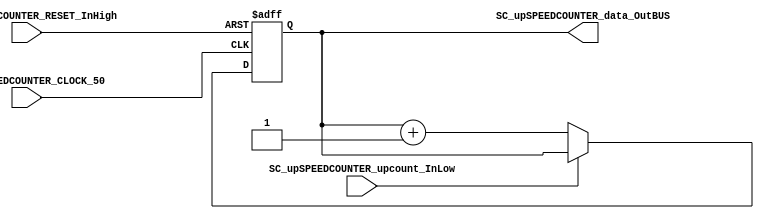
/*######################################################################
//#	G0B1T: HDL EXAMPLES. 2018.
//######################################################################
//# Copyright (C) 2018. F.E.Segura-Quijano (FES) fsegura@uniandes.edu.co
//# 
//# This program is free software: you can redistribute it and/or modify
//# it under the terms of the GNU General Public License as published by
//# the Free Software Foundation, version 3 of the License.
//#
//# This program is distributed in the hope that it will be useful,
//# but WITHOUT ANY WARRANTY; without even the implied warranty of
//# MERCHANTABILITY or FITNESS FOR A PARTICULAR PURPOSE.  See the
//# GNU General Public License for more details.
//#
//# You should have received a copy of the GNU General Public License
//# along with this program.  If not, see <http://www.gnu.org/licenses/>
//####################################################################*/
//=======================================================
//  MODULE Definition
//=======================================================
module SC_upSPEEDCOUNTER #(parameter upSPEEDCOUNTER_DATAWIDTH_LVL1 = 25, parameter upSPEEDCOUNTER_DATAWIDTH_LVL2 = 24,
									parameter upSPEEDCOUNTER_DATAWIDTH_LVL3 = 23, parameter upSPEEDCOUNTER_DATAWIDTH_LVL4 = 23)(
	//////////// OUTPUTS //////////
	SC_upSPEEDCOUNTER_data_OutBUS,
	//////////// INPUTS //////////
	SC_upSPEEDCOUNTER_CLOCK_50,
	SC_upSPEEDCOUNTER_RESET_InHigh,
	SC_upSPEEDCOUNTER_upcount_InLow
);
//=======================================================
//  PARAMETER declarations
//=======================================================

//=======================================================
//  PORT declarations
//=======================================================
output		[upSPEEDCOUNTER_DATAWIDTH_LVL1-1:0]	SC_upSPEEDCOUNTER_data_OutBUS;
input		SC_upSPEEDCOUNTER_CLOCK_50;
input		SC_upSPEEDCOUNTER_RESET_InHigh;
input		SC_upSPEEDCOUNTER_upcount_InLow;

//=======================================================
//  REG/WIRE declarations
//=======================================================
reg [upSPEEDCOUNTER_DATAWIDTH_LVL1-1:0] upSPEEDCOUNTER_Register;
reg [upSPEEDCOUNTER_DATAWIDTH_LVL1-1:0] upSPEEDCOUNTER_Signal;
//=======================================================
//  Structural coding
//=======================================================
//INPUT LOGIC: COMBINATIONAL
always @(*)
begin
	if (SC_upSPEEDCOUNTER_upcount_InLow == 1'b0)
		upSPEEDCOUNTER_Signal = upSPEEDCOUNTER_Register + 1'b1;
	else
		upSPEEDCOUNTER_Signal = upSPEEDCOUNTER_Register;
	end	
//STATE REGISTER: SEQUENTIAL
always @(posedge SC_upSPEEDCOUNTER_CLOCK_50, posedge SC_upSPEEDCOUNTER_RESET_InHigh)
begin
	if (SC_upSPEEDCOUNTER_RESET_InHigh  == 1'b1)
		upSPEEDCOUNTER_Register <= 0;
	else
		upSPEEDCOUNTER_Register <= upSPEEDCOUNTER_Signal;
end
//=======================================================
//  Outputs
//=======================================================
//OUTPUT LOGIC: COMBINATIONAL
assign SC_upSPEEDCOUNTER_data_OutBUS = upSPEEDCOUNTER_Register;

endmodule